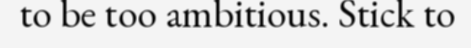
to be too ambitious. Stick to